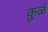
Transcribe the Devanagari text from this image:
कुळं